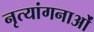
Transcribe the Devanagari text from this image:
नृत्‍यांगनाओं